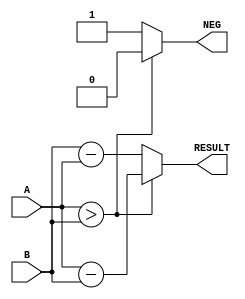
module Subtractor(
    input [7:0] A, B,		// 8  A, B
    output reg [7:0] RESULT,	// 8  RESULT
    output reg NEG		// 1     .   1    0.
);

always @(A or B) begin
	if (A > B) begin		//    
		RESULT <= A - B;
		NEG <= 0;
	end
	else begin		//    
		RESULT <= B - A;	//   RESULT 
		NEG <= 1;
	end
end

endmodule